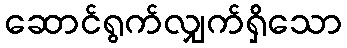
ဆောင်ရွက်လျှက်ရှိသော